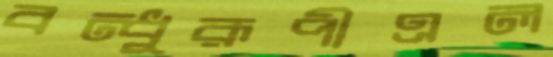
বন্ধুরূপীএল